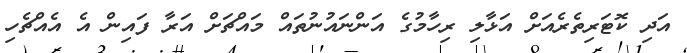
އަދި ކޮޓަރިތެރެއަށް އަޅާލި ރިހާމުގެ އަންނައުނުތައް މައްޗަށް އަރާ ފައިން އެ އެއްޗެހި